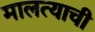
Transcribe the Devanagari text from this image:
मालत्याची